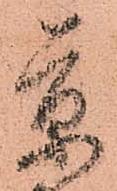
京